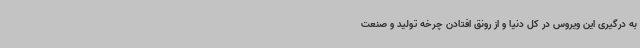
به درگیری این ویروس در کل دنیا و از رونق افتادن چرخه تولید و صنعت